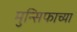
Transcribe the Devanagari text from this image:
मुन्सिफाच्या